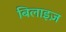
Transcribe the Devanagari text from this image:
बिलाइज़